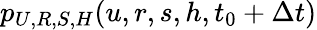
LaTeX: p_{U,R,S,H}(u,r,s,h,t_{0}+\Delta t)